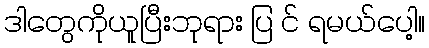
ဒါတွေကိုယူပြီးဘုရား ပြ င် ရမယ်ပေါ့။